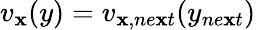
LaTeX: v_{\mathbf{x}}(y)=v_{\mathbf{x},ne\mathbf{x}t}(y_{ne\mathbf{x}t})